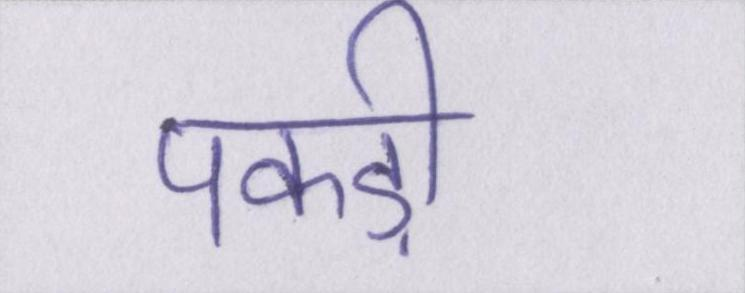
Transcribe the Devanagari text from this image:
पकड़ी